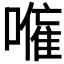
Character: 𭋕